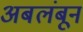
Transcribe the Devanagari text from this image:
अबलंबून